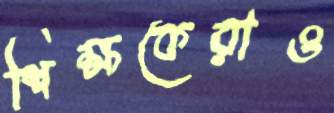
শিক্ষকেরাও